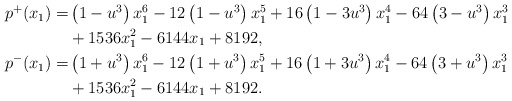
\begin{align*} \begin{aligned} p^{+}(x_1) =& \left(1-u^3\right)x_1^6 -12\left(1-u^3\right)x_1^5 +16\left(1-3u^3\right)x_1^4-64\left(3-u^3\right)x_1^3\\ & +1536x_1^2- 6144x_1+8192, \\ p^{-}(x_1) =& \left(1+u^3\right)x_1^6 -12\left(1+u^3\right)x_1^5 +16\left(1+3u^3\right)x_1^4-64\left(3+u^3\right)x_1^3\\ &+1536x_1^2- 6144x_1+8192. \end{aligned}\end{align*}